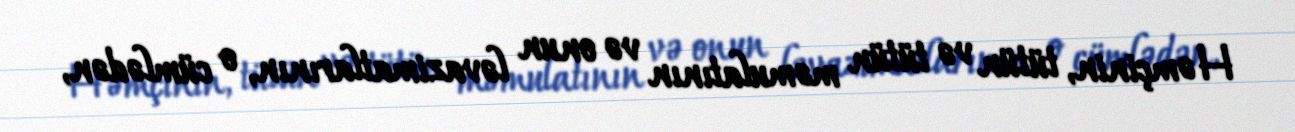
Həmçinin, tütün və tütün məmulatının və onun ləvazimatlarının, o cümlədən,